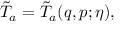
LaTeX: \tilde { T } _ { a } = \tilde { T } _ { a } ( q , p ; \eta ) ,